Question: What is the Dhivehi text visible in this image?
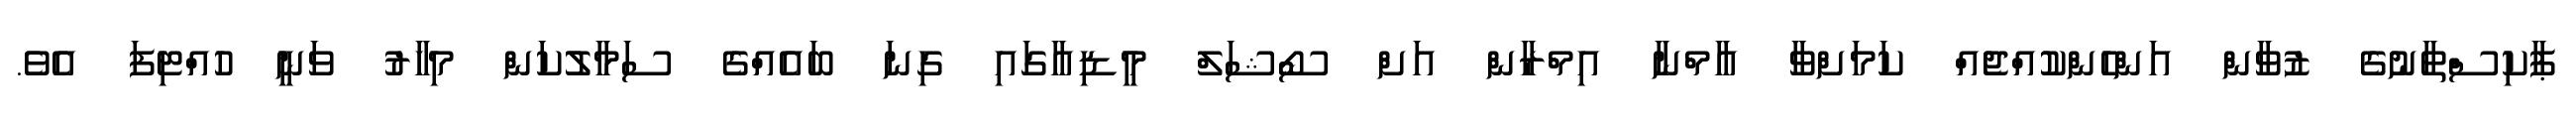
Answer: ޕާކިސްތާނުގެ ޒުވާން އަންހެންކުއްޖެއް ކަމަށްވާ އާމްނާ އިމްރާން އަށް ސޯޝަލް މީޑިއާގައި ގިނަ ބައެއްގެ ސަމާލުކަން މިހާރު ވަނީ ހުއްޓިފަ އެވެ.